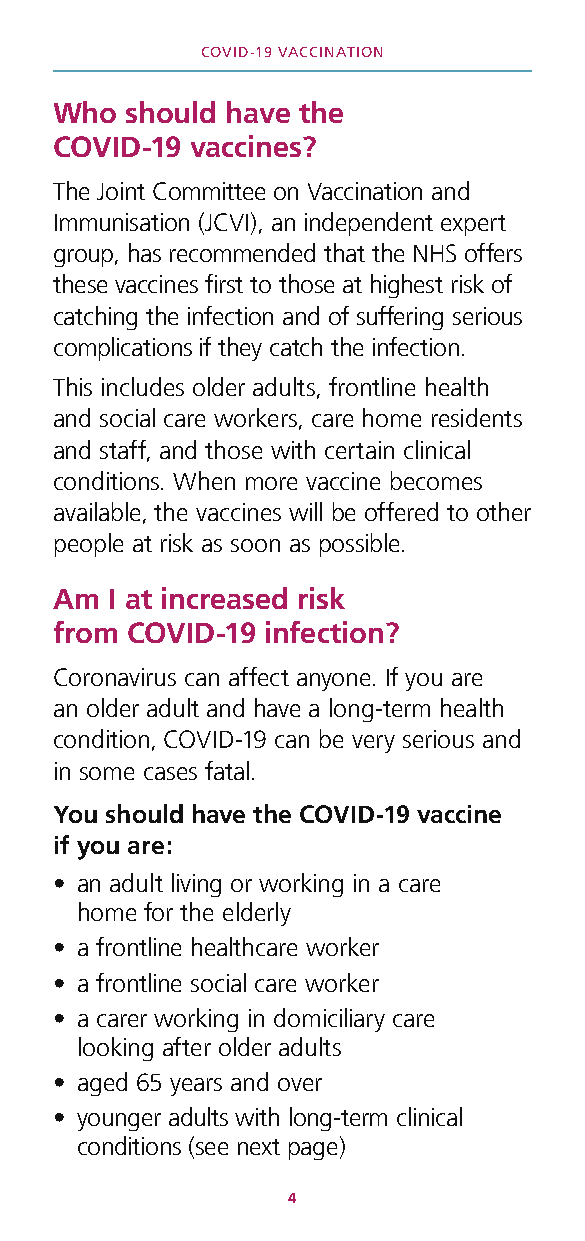
COVID-19 VACCINATION
 Who should have the
 COVID-19 vaccines?
 The Joint Committee on Vaccination and
 Immunisation (JCVI), an independent expert
 group, has recommended that the NHS offers
 these vaccines first to those at highest risk of
 catching the infection and of suffering serious
 complications if they catch the infection.
 This includes older adults, frontline health
 and social care workers, care home residents
 and staff, and those with certain clinical
 conditions. When more vaccine becomes
 available, the vaccines will be offered to other
 people at risk as soon as possible.
 Am I at increased risk
 from COVID-19 infection?
 Coronavirus can affect anyone. If you are
 an older adult and have a long-term health
 condition, COVID-19 can be very serious and
 in some cases fatal.
 You should have the COVID-19 vaccine
 if you are:
 • an adult living or working in a care
 home for the elderly
 • a frontline healthcare worker
 • a frontline social care worker
 • a carer working in domiciliary care
 looking after older adults
 • aged 65 years and over
 • younger adults with long-term clinical
 conditions (see next page)
 4